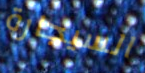
السيجارة